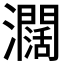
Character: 𤄃